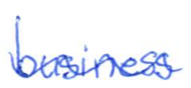
Text: business
Cross-out: wave
Writing tool: ballpoint